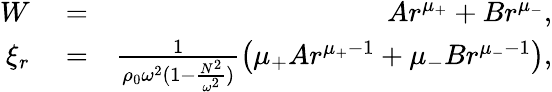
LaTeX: \begin{array}{rlr}{W}&{{}=}&{Ar^{\mu_{+}}+Br^{\mu_{-}},}\\ {\xi_{r}}&{{}=}&{\frac{1}{\rho_{0}\omega^{2}(1-\frac{N^{2}}{\omega^{2}})}\big(\mu_{+}Ar^{\mu_{+}-1}+\mu_{-}Br^{\mu_{-}-1}\big),}\end{array}